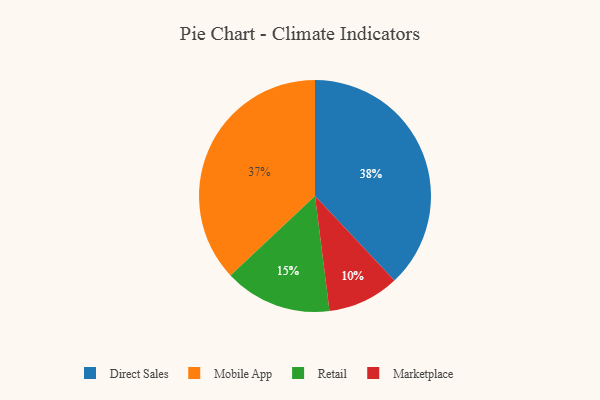
{"axis": {"x": "Category", "y": "Percentage"}, "legend": ["Direct Sales", "Marketplace", "Mobile App", "Retail"], "data": [{"x": "Direct Sales", "y": 38, "type": "Direct Sales"}, {"x": "Marketplace", "y": 10, "type": "Marketplace"}, {"x": "Retail", "y": 15, "type": "Retail"}, {"x": "Mobile App", "y": 37, "type": "Mobile App"}]}